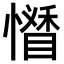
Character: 𢣊